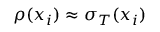
\rho ( x _ { i } ) \approx \sigma _ { T } ( x _ { i } )